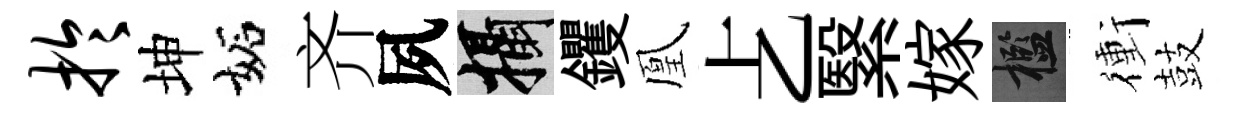
於坤妬齐夙攝钁凰𠧒繄嫁檻衝鼓